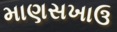
માણસખાઉ